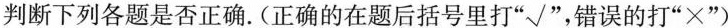
判断下列各题是否正确。(正确的在题后括号里打“√”，错误的打“×”)